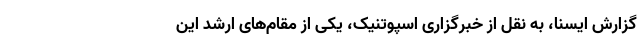
گزارش ایسنا، به نقل از خبرگزاری اسپوتنیک، یکی از مقام‌های ارشد این